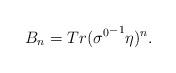
LaTeX: \begin{align*}B_{n}= Tr ({\sigma^{0}}^{-1}\eta )^{n}.\end{align*}